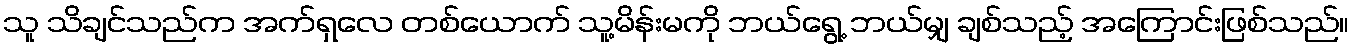
သူ သိချင်သည်က အက်ရှလေ တစ်ယောက် သူ့မိန်းမကို ဘယ်ရွေ့ ဘယ်မျှ ချစ်သည့် အကြောင်းဖြစ်သည်။